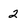
Character: 2